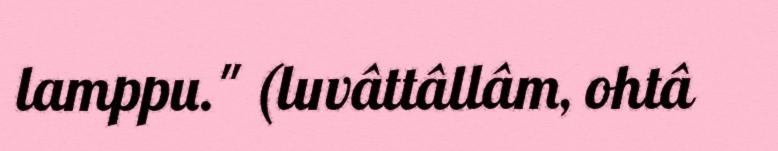
lamppu." (luvâttâllâm, ohtâ